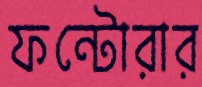
ফন্টোরার